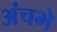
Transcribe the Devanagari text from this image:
अंचभे